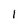
Character: 1